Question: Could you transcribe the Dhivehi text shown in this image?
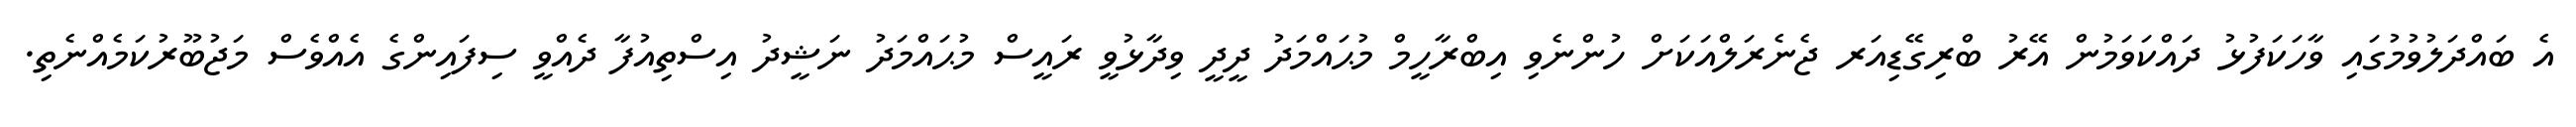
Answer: އެ ބައްދަލުވުމުގައި ވާހަކަފުޅު ދައްކަވަމުން އޭރު ބްރިގޭޑިއަރ ޖެނެރަލްއަކަށް ހުންނެވި އިބްރާހީމް މުޙައްމަދު ދީދީ ވިދާޅުވީ ރައީސް މުޙައްމަދު ނަޝީދު އިސްތިއުފާ ދެއްވީ ސިފައިންގެ އެއްވެސް މަޖުބޫރުކަމެއްނެތި.